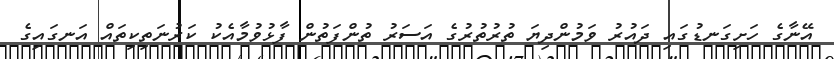
އޭނާގެ ހަށިގަނޑުގައި ދައުރު ވަމުންދިޔަ ތުރުތުރުގެ އަސަރު ތުންފަތުން ފާޅުވުމާއެކު ކަރުނަތިކިތައް އަނގައިގެ